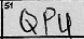
Transcription: QPU